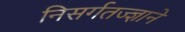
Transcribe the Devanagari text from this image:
निसर्गतज्‍ज्ञाने